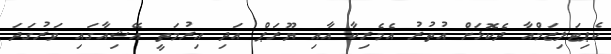
ކެޕިޓަލިޒަމްއާ ދެކޮޅަށް އުތުރު އެމެރިކާ އާއި ޔޫރަޕް އަދި އިރުމަތީ އޭޝިއާގައި ވަރުގަދަ